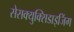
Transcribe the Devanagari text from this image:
सेसक्युक्सिडाइजिंग